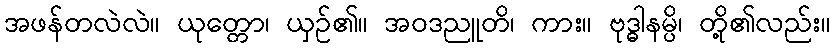
အဖန်တလဲလဲ။ ယုတ္တော၊ ယှဉ်၏။ အဝဒညူတိ၊ ကား။ ဗုဒ္ဓါနမ္ပိ၊ တို့၏လည်း။